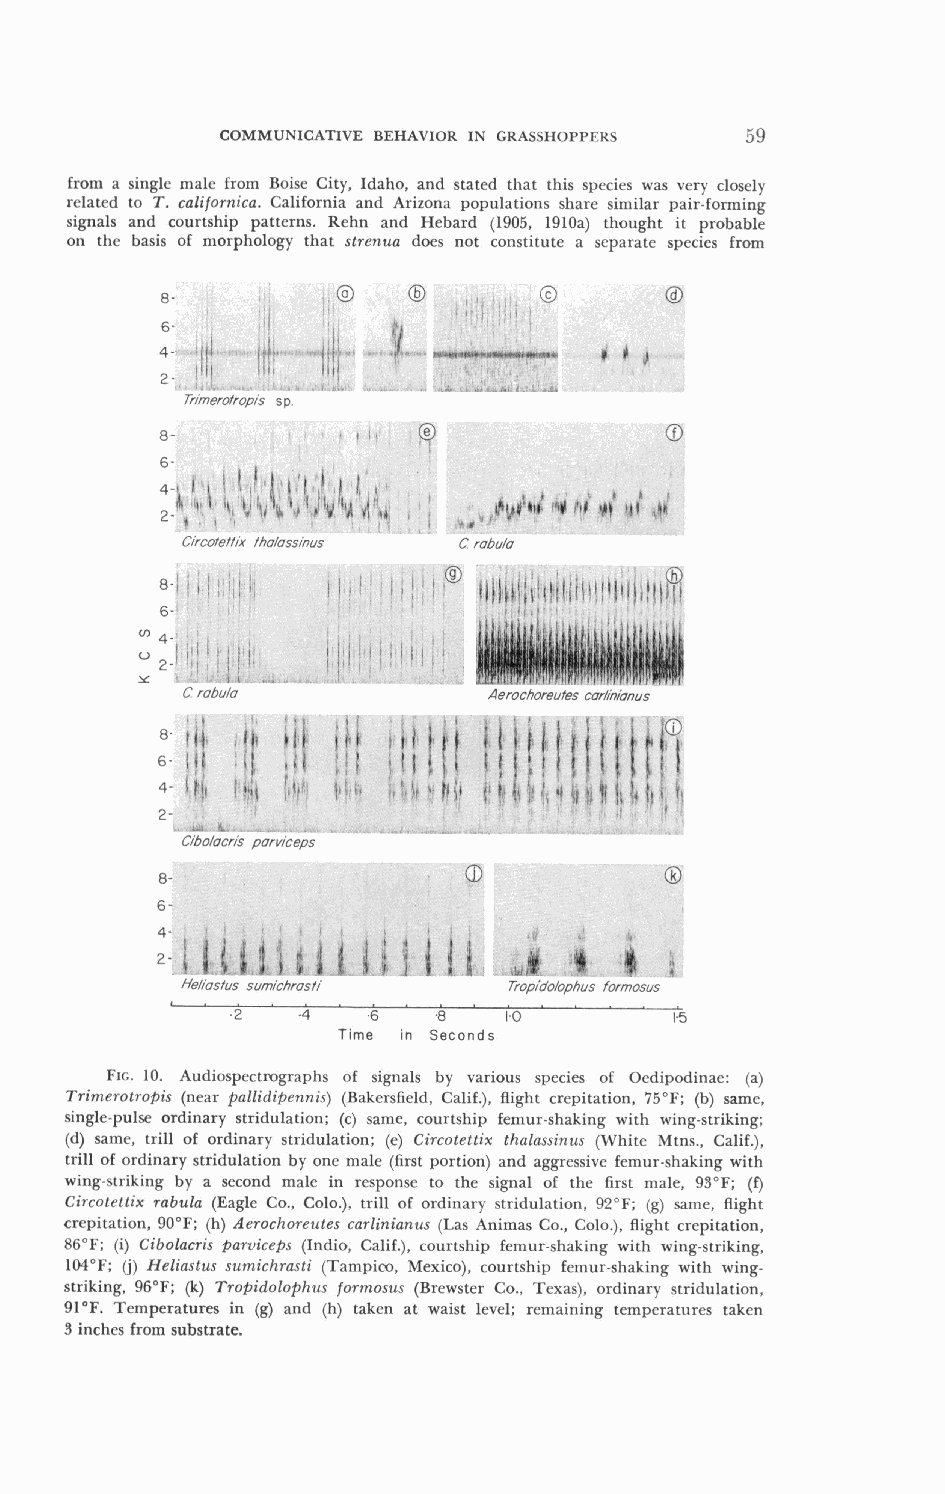
COMMUNICATIVE BEHAVIOR IN GRASSHOPPEKS 59
 from a single male from Boise City, Idaho, and stated that this species was very closely
 related to T. californica. California and Arizona populations share similar pair-forming
 signals and courtship patterns. Rehn and Hebard (1905, 1910a) thought it probable
 on the basis of morphology that strenua does not constitute a separate species from
 Aerochoreu fes carknionus
 Hel~osfuss urn~chrusti TropI'do/ophus forrnosus
 I  . . . . . . .  . . . . , . .  .
 .2   -4  .6   .8   1.0        1.5
 Time in Seconds
 FIG. 10. Audiospectrographs of signals by various species of Oedipodinae: (a)
 Trimerotrofiis (near pallidipennis) (Bakersfield, Calif.), flight crepitation, 75°F; (b) same,
 single-pulse ordinary stridulation; (c) same, courtship femur-shaking with wing-striking;
 (d) same, trill of ordinary stridulation; (e) Circotettix thalassinus (White Mtns., Calif.),
 trill of ordinary stridulation by one male (first portion) and aggressive femur-shaking with
 wing-striking by a second male in response to the signal of the first male, 93°F; (f)
 Circotettix rabula (Eagle Co., Colo.), trill of ordinary stridulation, 92°F; (g) same, flight
 crepitation, 90°F; (h) Aerochoreutes carlinianus (Las Animas Co., Colo.), flight crepitation,
 86°F; (i) Cibolacris ljaruiceps (Indio, Calif.), courtship femur-shaking with wing-striking,
 104°F; (j) Heliastus sumichrasti (Tampico, Mexico), courtship femur-shaking with wing-
 striking, 96°F; (k) Tro@idolophus forrnosus (Brewster Co., Texas), ordinary stridulation,
 91°F. Temperatures in (g) and (h) taken at waist level; remaining temperatures taken
 3 inches from substrate.